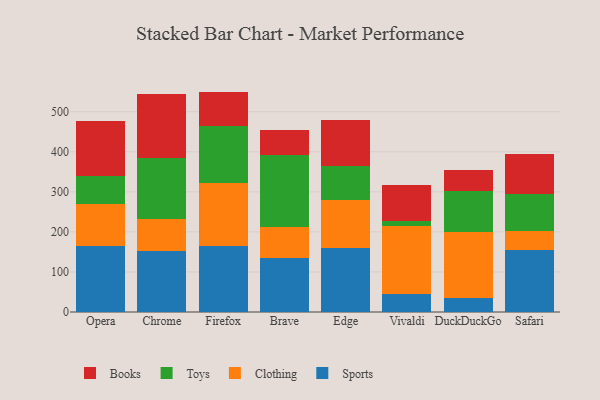
{"axis": {"x": "Browser", "y": "Conversion Rate (%)"}, "legend": ["Books", "Clothing", "Sports", "Toys"], "data": [{"x": "Opera", "y": 164.1, "type": "Sports"}, {"x": "Opera", "y": 104.9, "type": "Clothing"}, {"x": "Opera", "y": 71.1, "type": "Toys"}, {"x": "Opera", "y": 136.9, "type": "Books"}, {"x": "Chrome", "y": 153.0, "type": "Sports"}, {"x": "Chrome", "y": 78.0, "type": "Clothing"}, {"x": "Chrome", "y": 154.4, "type": "Toys"}, {"x": "Chrome", "y": 159.2, "type": "Books"}, {"x": "Firefox", "y": 165.4, "type": "Sports"}, {"x": "Firefox", "y": 156.4, "type": "Clothing"}, {"x": "Firefox", "y": 141.8, "type": "Toys"}, {"x": "Firefox", "y": 86.7, "type": "Books"}, {"x": "Brave", "y": 135.6, "type": "Sports"}, {"x": "Brave", "y": 77.7, "type": "Clothing"}, {"x": "Brave", "y": 177.8, "type": "Toys"}, {"x": "Brave", "y": 64.2, "type": "Books"}, {"x": "Edge", "y": 160.1, "type": "Sports"}, {"x": "Edge", "y": 120.5, "type": "Clothing"}, {"x": "Edge", "y": 84.0, "type": "Toys"}, {"x": "Edge", "y": 115.2, "type": "Books"}, {"x": "Vivaldi", "y": 45.7, "type": "Sports"}, {"x": "Vivaldi", "y": 168.8, "type": "Clothing"}, {"x": "Vivaldi", "y": 12.7, "type": "Toys"}, {"x": "Vivaldi", "y": 89.0, "type": "Books"}, {"x": "DuckDuckGo", "y": 34.0, "type": "Sports"}, {"x": "DuckDuckGo", "y": 165.7, "type": "Clothing"}, {"x": "DuckDuckGo", "y": 101.2, "type": "Toys"}, {"x": "DuckDuckGo", "y": 54.3, "type": "Books"}, {"x": "Safari", "y": 154.0, "type": "Sports"}, {"x": "Safari", "y": 48.3, "type": "Clothing"}, {"x": "Safari", "y": 92.1, "type": "Toys"}, {"x": "Safari", "y": 100.0, "type": "Books"}]}